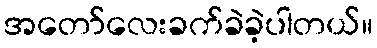
အတော်လေးခက်ခဲခဲ့ပါတယ်။